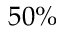
5 0 \%